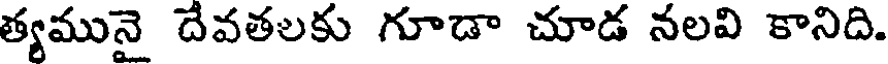
త్యమునై దేవతలకు గూడా చూడ నలవి కానిది.